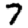
Digit: 7